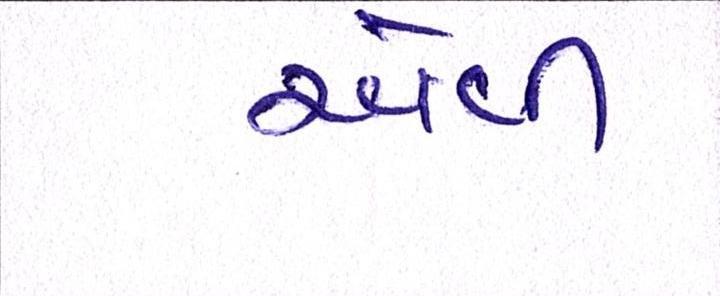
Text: એવી